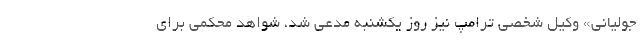
جولیانی» وکیل شخصی ترامپ نیز روز یکشنبه مدعی شد، شواهد محکمی برای